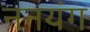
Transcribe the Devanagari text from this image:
ननयंग